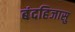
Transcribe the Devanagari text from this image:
बंदहिजासु